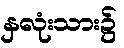
နှလုံးသား၌